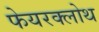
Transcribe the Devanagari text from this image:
फेयरक्लोथ